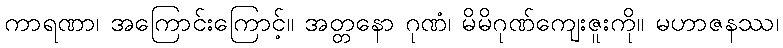
ကာရဏာ၊ အကြောင်းကြောင့်။ အတ္တနော ဂုဏံ၊ မိမိဂုဏ်ကျေးဇူးကို။ မဟာဇနဿ၊